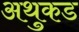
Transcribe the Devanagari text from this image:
अथुकड